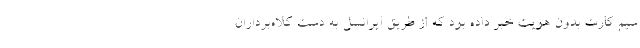
سیم کارت بدون هویت خبر داده بود که از طریق ایرانسل به دست کلاه‌برداران